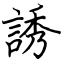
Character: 誘